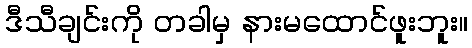
ဒီသီချင်းကို တခါမှ နားမထောင်ဖူးဘူး။